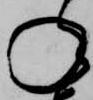
ね